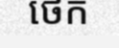
ថេក